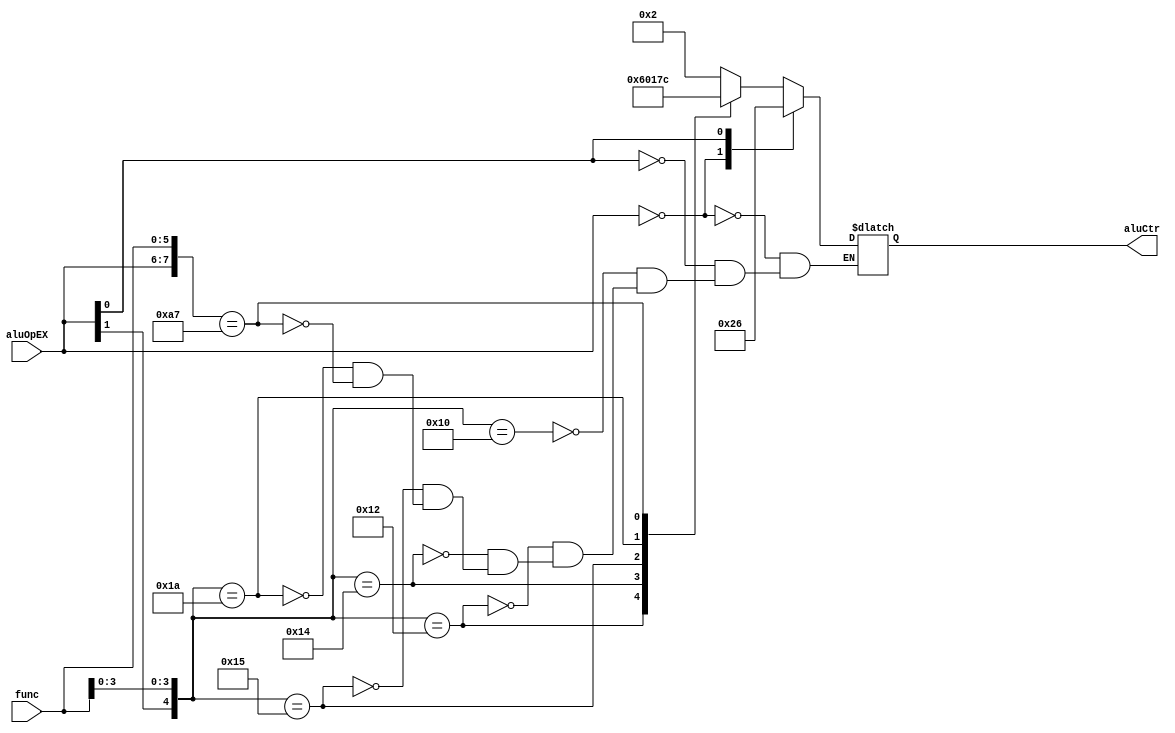
`timescale 1ns / 1ps
//////////////////////////////////////////////////////////////////////////////////
// Company: 
// Engineer: 
// 
// Design Name: 
// Module Name: alu_control
// Project Name: 
// Target Devices: 
// Tool Versions: 
// Description: 
// 
// Dependencies: 
// 
// Revision:
// Revision 0.01 - File Created
// Additional Comments:
// 
//////////////////////////////////////////////////////////////////////////////////


module alu_control(
    input [5:0] func,
    input [1:0] aluOpEX,
    output reg [3:0] aluCtr
    );
    
    initial begin
        aluCtr=0;
    end
    
    always @ (func or aluOpEX)
    begin
        casex({aluOpEX,func})
            8'b00xxxxxx:aluCtr=4'b0010;
            8'bx1xxxxxx:aluCtr=4'b0110;
            8'b1xxx0000:aluCtr=4'b0010;
            8'b1xxx0010:aluCtr=4'b0110;
            8'b1xxx0100:aluCtr=4'b0000;
            8'b1xxx0101:aluCtr=4'b0001;
            8'b1xxx1010:aluCtr=4'b0111;
            8'b10100111:aluCtr=4'b1100;
        endcase
    end
    
endmodule